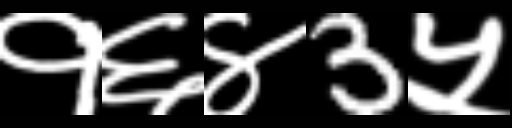
Text: १६४3५